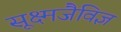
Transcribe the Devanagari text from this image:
सूक्ष्मजैविज्ञ